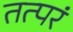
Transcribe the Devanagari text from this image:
तत्परं